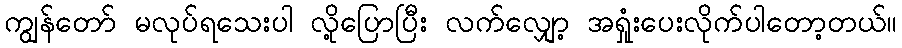
ကျွန်တော် မလုပ်ရသေးပါ လို့ပြောပြီး လက်လျှော့ အရှုံးပေးလိုက်ပါတော့တယ်။